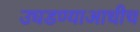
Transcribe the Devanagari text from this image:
उघडण्याआधीच